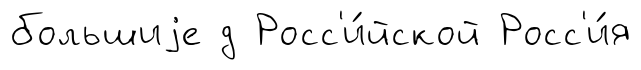
большиjе д Росс'и́йской Росс'и́я